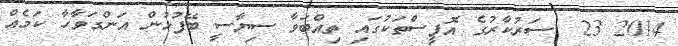
2014 23  ސަރުކާރުގެ އޮފީސްތަކުގައި ތިއްބަވާ ސިޔާސީ ބޭފުޅުން އަންގަވާހާ ކަމެއް